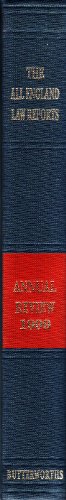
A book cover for All England Law Reports Annual Review 1999; Law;